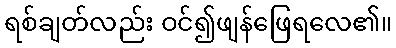
ရစ်ချတ်လည်း ဝင်၍ဖျန်ဖြေရလေ၏။